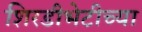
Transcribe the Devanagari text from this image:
शिरडीभेटीच्या